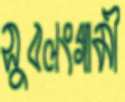
সুবলংগামী